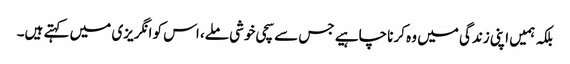
بلکہ ہمیں اپنی زندگی میں وہ کرنا چاہیے جس سے سچی خوشی ملے، اس کو انگریزی میں کہتے ہیں۔